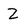
Character: Z